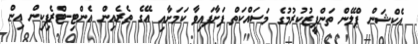
އެކްޝަން ޕްލޭން ތަންފީޒުކުރުމުގެ މަސައްކަތް ފަށާފައިވާ ކަމަށާއި އޭގެ ތެރެއިން އެންޓި-ޓްރެފިކިން އިން